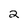
Character: 2